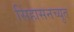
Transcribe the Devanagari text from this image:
सिंहासनच्युत